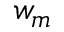
w _ { m }